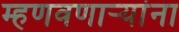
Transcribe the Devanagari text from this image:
म्हणवणार्‍यांना